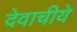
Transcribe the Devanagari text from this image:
देवाचीये